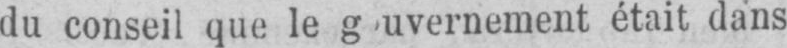
était dans